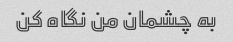
به چشمان من نگاه کن